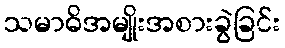
သမာဓိအမျိုးအစားခွဲခြင်း